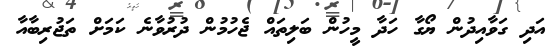
އަދި ގަވާއިދުން ޔޯގާ ހަދާ މީހުން ބަލިތައް ޖެހުމުން ދުރުވާނެ ކަމަށް ތަޖުރިބާއާ